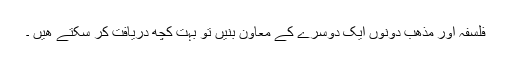
فلسفہ اور مذھب دونوں ایک دوسرے کے معاون بنیں تو بہت کچھ دریافت کر سکتے ھیں ۔